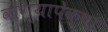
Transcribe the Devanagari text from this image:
वांग्यापेक्षा